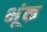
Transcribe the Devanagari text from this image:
भूंक